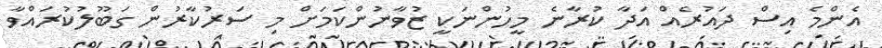
އެންމެ އިސް ދައުރެއް އަދާ ކުރާނެ މީހުންނަކީ ޒުވާނުންކަމަށް މި ސަރުކާރުން ގަބޫލުކުރައްވާ